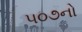
૫૦૭નો